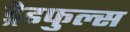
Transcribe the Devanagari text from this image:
ड्रेडफुल्स